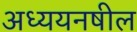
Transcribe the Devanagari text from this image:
अध्ययनषील